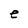
Character: e